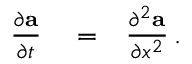
\begin{array} { r l r } { \frac { \partial \mathbf { a } } { \partial t } } & { { } = } & { \frac { \partial ^ { 2 } \mathbf { a } } { \partial x ^ { 2 } } \, . } \end{array}